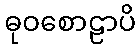
ဓုဝစောဠာပိ